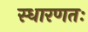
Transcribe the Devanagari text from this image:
स्धारणतः